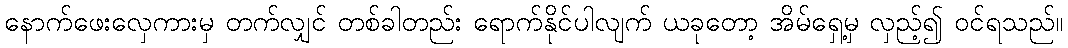
နောက်ဖေးလှေကားမှ တက်လျှင် တစ်ခါတည်း ရောက်နိုင်ပါလျက် ယခုတော့ အိမ်ရှေ့မှ လှည့်၍ ဝင်ရသည်။